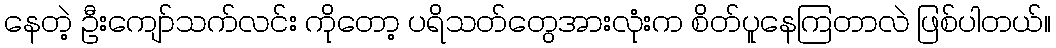
နေတဲ့ ဦးကျော်သက်လင်း ကိုတော့ ပရိသတ်တွေအားလုံးက စိတ်ပူနေကြတာလဲ ဖြစ်ပါတယ်။